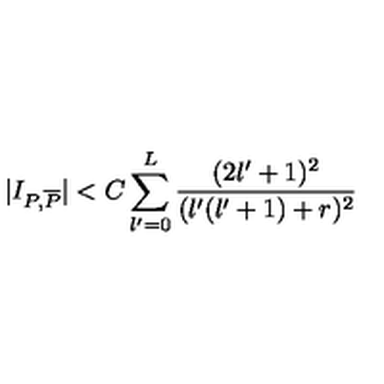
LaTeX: \vert I _ { P , \overline { { P } } } \vert < C \sum _ { l ^ { \prime } = 0 } ^ { L } { \frac { ( 2 l ^ { \prime } + 1 ) ^ { 2 } } { ( l ^ { \prime } ( l ^ { \prime } + 1 ) + r ) ^ { 2 } } }